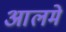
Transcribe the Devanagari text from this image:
आलमे